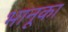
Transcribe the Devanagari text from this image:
भानूका